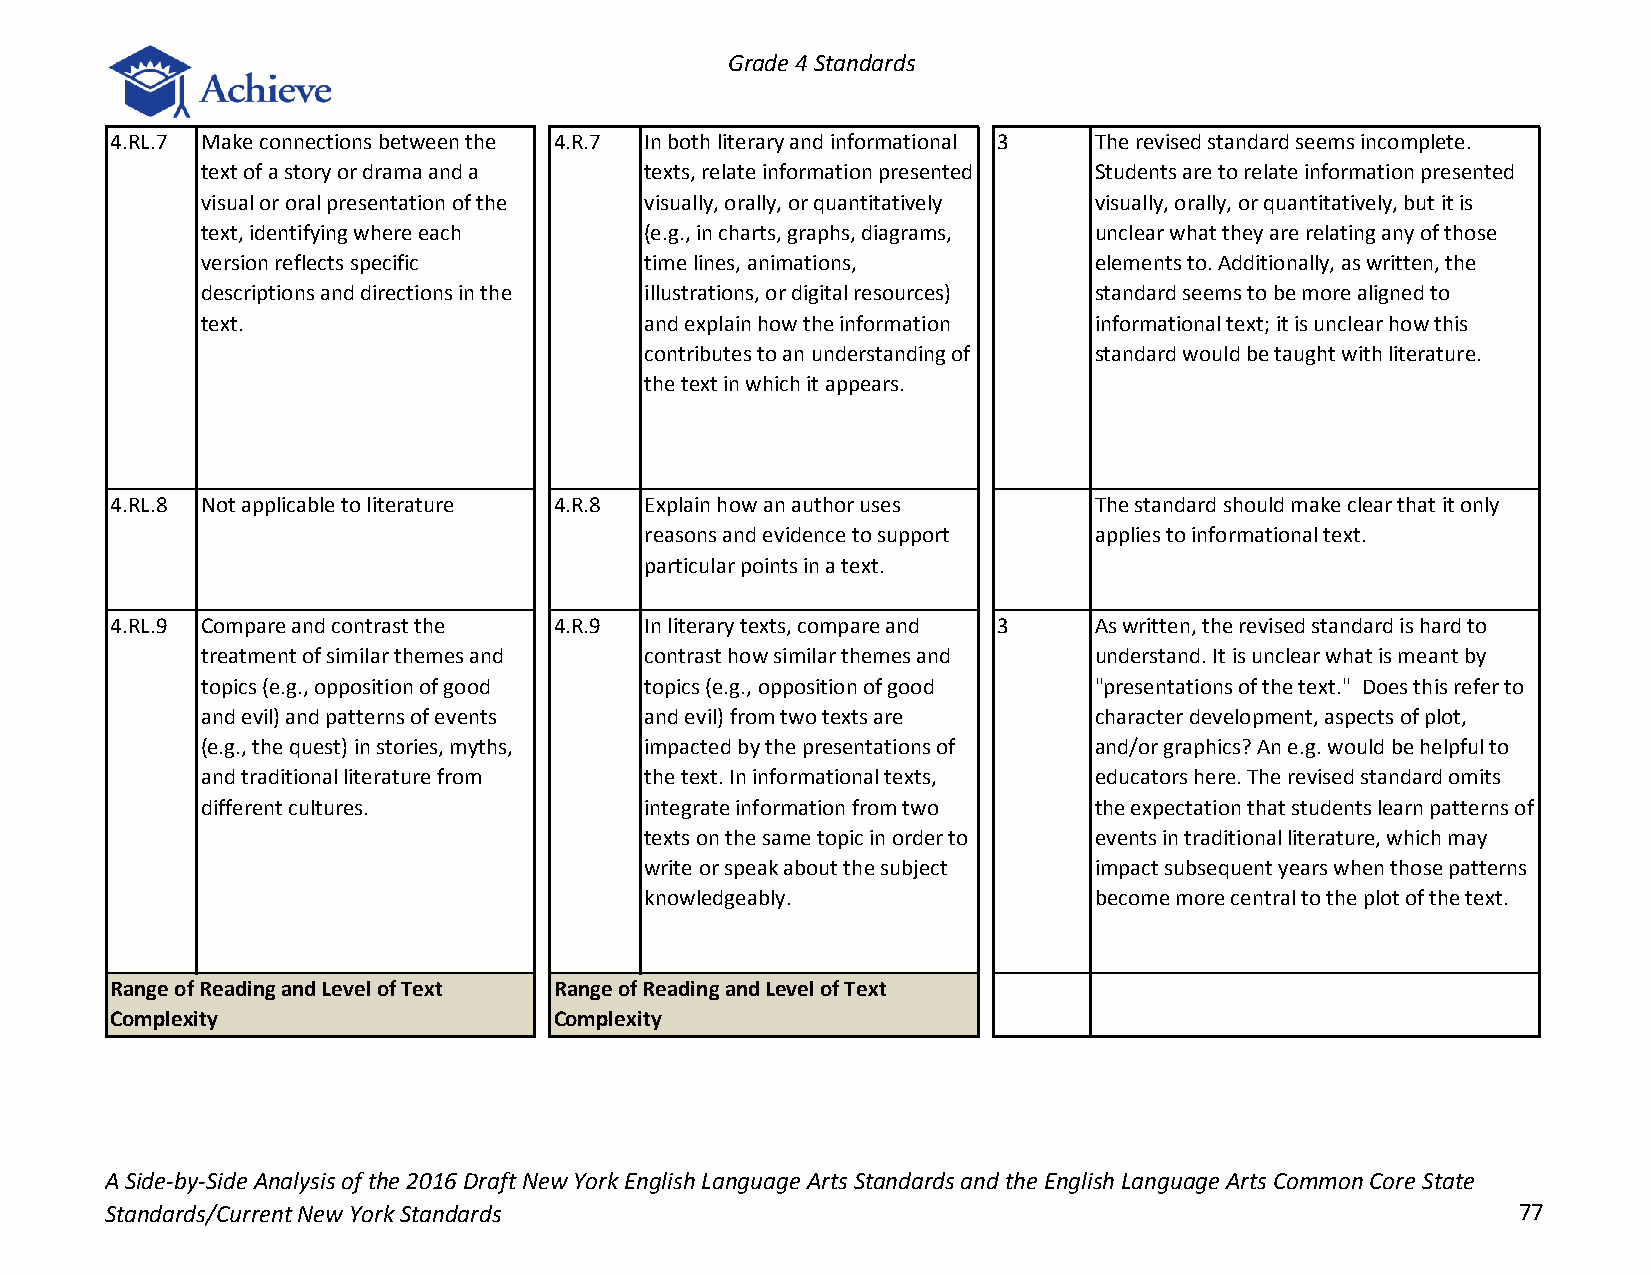
Grade 4 Standards
 4.RL.7 Make connections between the 4.R.7 In both literary and informational 3 The revised standard seems incomplete.
 text of a story or drama and a texts, relate information presented Students are to relate information presented
 visual or oral presentation of the visually, orally, or quantitatively visually, orally, or quantitatively, but it is
 text, identifying where each  (e.g., in charts, graphs, diagrams, unclear what they are relating any of those
 version reflects specific     time lines, animations,      elements to. Additionally, as written, the
 descriptions and directions in the illustrations, or digital resources) standard seems to be more aligned to
 text.                         and explain how the information informational text; it is unclear how this
 contributes to an understanding of standard would be taught with literature.
 the text in which it appears.
 4.RL.8 Not applicable to literature 4.R.8 Explain how an author uses The standard should make clear that it only
 reasons and evidence to support applies to informational text.
 particular points in a text.
 4.RL.9 Compare and contrast the 4.R.9 In literary texts, compare and 3 As written, the revised standard is hard to
 treatment of similar themes and contrast how similar themes and understand. It is unclear what is meant by
 topics (e.g., opposition of good topics (e.g., opposition of good "presentations of the text." Does this refer to
 and evil) and patterns of events and evil) from two texts are character development, aspects of plot,
 (e.g., the quest) in stories, myths, impacted by the presentations of and/or graphics? An e.g. would be helpful to
 and traditional literature from the text. In informational texts, educators here. The revised standard omits
 different cultures.           integrate information from two the expectation that students learn patterns of
 texts on the same topic in order to events in traditional literature, which may
 write or speak about the subject impact subsequent years when those patterns
 knowledgeably.               become more central to the plot of the text.
 Range of Reading and Level of Text Range of Reading and Level of Text
 Complexity                    Complexity
 A Side-by-Side Analysis of the 2016 Draft New York English Language Arts Standards and the English Language Arts Common Core State
 Standards/Current New York Standards                                                         77